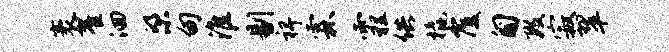
袤翟洄梁甸淮剔裨霖霾供橇覆匍数寂翠